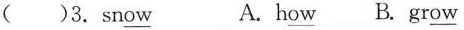
（）3.sn\underline{ow} A.h\underline{ow} B.gr\underline{ow}